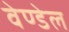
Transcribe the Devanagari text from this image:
वेण्डेल